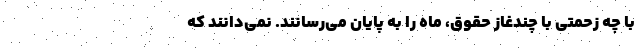
با چه زحمتی با چندغاز حقوق، ماه را به پایان می‌رسانند. نمی‌دانند که